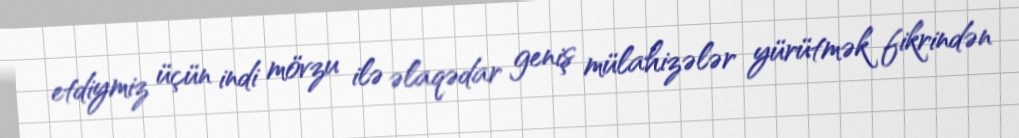
etdiymiz üçün indi mövzu ilə əlaqədar geniş mülahizələr yürütmək fikrindən